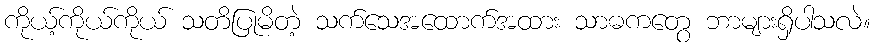
ကိုယ့်ကိုယ်ကိုယ် သတိပြုမိတဲ့ သက်သေအထောက်အထား သာဓကတွေ ဘာများရှိပါသလဲ။